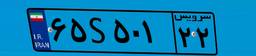
۶۵S۵۰۱۲۲